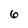
Character: 6